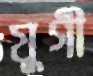
যুগী